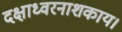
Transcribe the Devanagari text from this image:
दक्षाध्वरनाशकाय।